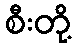
စီးတို့